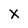
Character: X